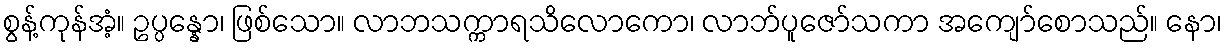
စွန့်ကုန်အံ့။ ဥပ္ပန္နော၊ ဖြစ်သော။ လာဘသက္ကာရသိလောကော၊ လာဘ်ပူဇော်သကာ အကျော်စောသည်။ နော၊